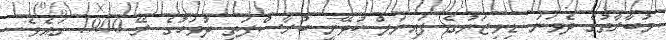
މުބާރާތުގެ ދެވަނަ ޑިވިޒަނުގެ ފައިނަލް ކުޅޭނީ ބުރާސްފަތި ދުވަހުގެ ރޭ 1900 ގައެވެ.